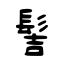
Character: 髻